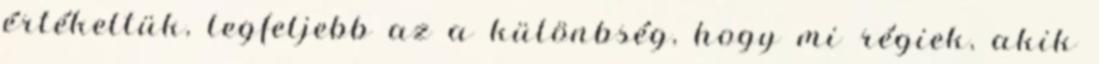
értékeltük, legfeljebb az a különbség, hogy mi régiek, akik